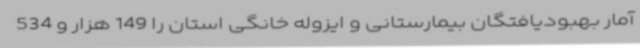
آمار بهبودیافتگان بیمارستانی و ایزوله خانگی استان را 149 هزار و 534